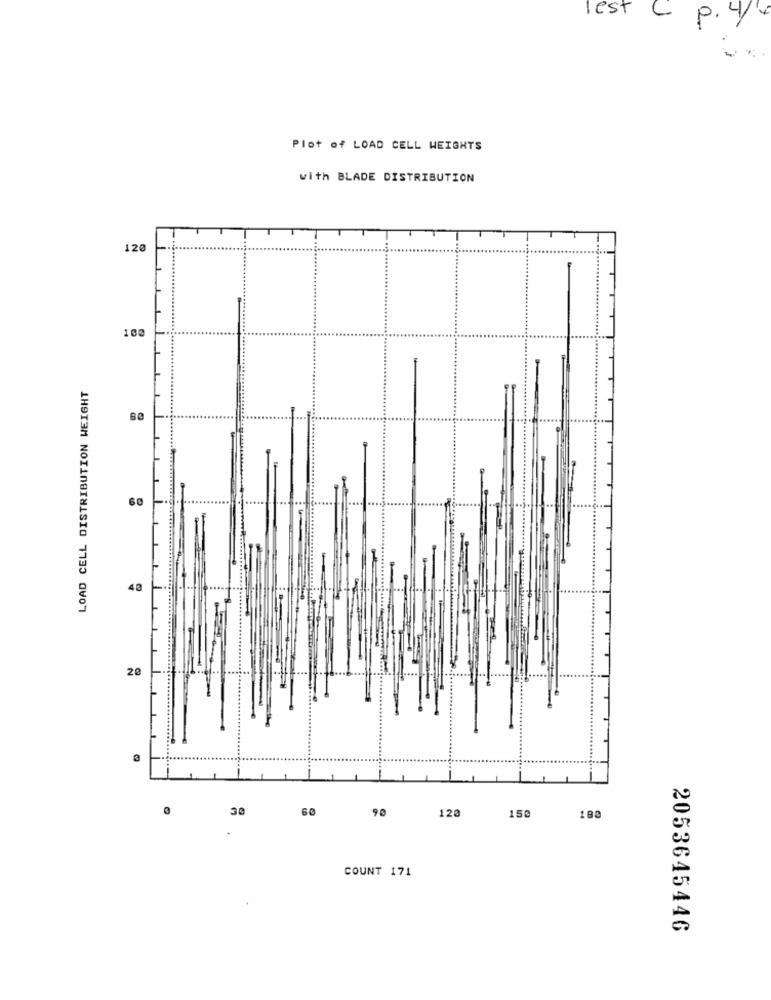
lest
C
p.4/4
Plot of LOAD CELL WEIGHTS
with BLADE DISTRIBUTION
120
100
LOAD CELL DISTRIBUTION WEIGHT
60
40
20
30
60 90
120
150
180
COUNT 171
2053645446